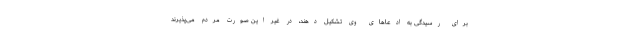
برای رسیدگی به ادعاهای وی تشکیل دهند، در غیر این صورت مردم می‌پذیرند